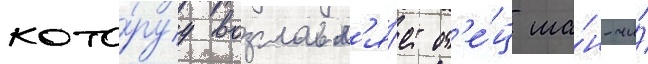
кото́руу возглавл'я́ет от'е́ц ша́н-чи́